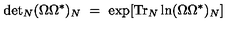
\mathrm { d e t } _ { N } ( \Omega \Omega ^ { * } ) _ { N } \ = \ \exp [ \mathrm { T r } _ { N } \ln ( \Omega \Omega ^ { * } ) _ { N } ]